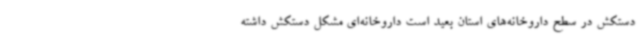
دستکش در سطح داروخانه‌های استان بعید است داروخانه‌ای مشکل دستکش داشته